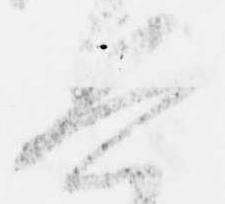
興